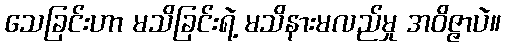
သေခြင်းဟာ မသိခြင်းရဲ့ မသိနားမလည်မှု အဝိဇ္ဇာပဲ။